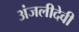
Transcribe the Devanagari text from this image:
अंजलीदेवी